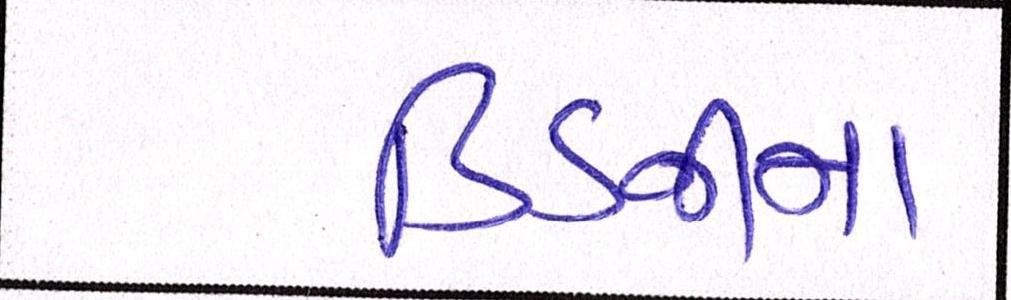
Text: કિડનીના